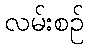
လမ်းစဉ်